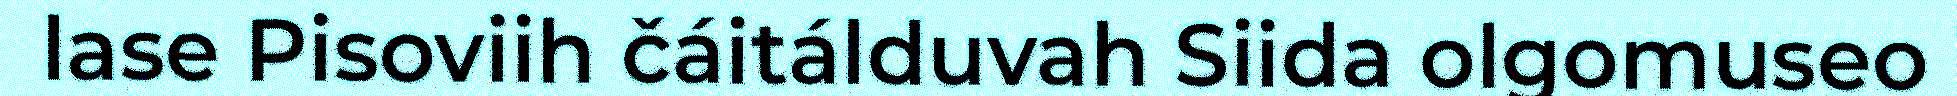
lase Pisoviih čáitálduvah Siida olgomuseo